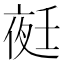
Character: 𭐺